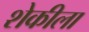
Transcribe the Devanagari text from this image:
शेकीला